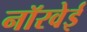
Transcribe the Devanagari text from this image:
नॉरवेई